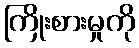
ကြိုးစားမှုကို